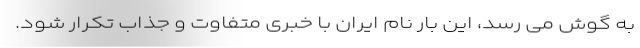
به گوش می رسد، این بار نام ایران با خبری متفاوت و جذاب تکرار شود.